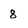
Character: 8